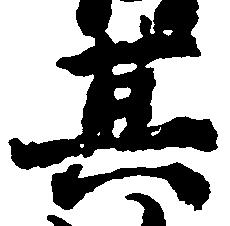
其